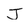
Character: J